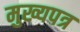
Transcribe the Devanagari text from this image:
मुख्यपत्र